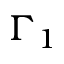
\Gamma _ { 1 }